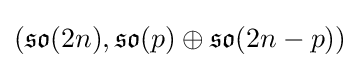
({\mathfrak {so}}(2n),{\mathfrak {so}}(p)\oplus {\mathfrak {so}}(2n-p))